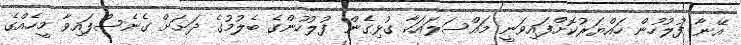
އޭނާ ފުލުހުން ހައްޔަރުކޮށްފައިވަނީ މައްސަލައަކާ ގުޅިގެން ފުލުހުންގެ ބެލުމުގެ ދަށަށް ގެނެސްފައިވާ މީހެއްގެ